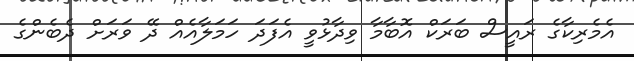
އެމެރިކާގެ ރައީސް ބަރަކް އޮބާމާ ވިދާޅުވީ އެފަދަ ހަމަލާއެއް ދޭ ވަރަށް ދެބެންގެ